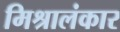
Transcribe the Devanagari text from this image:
मिश्रालंकार